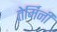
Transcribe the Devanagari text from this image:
तेर्मिनी